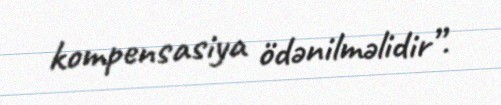
kompensasiya ödənilməlidir”.